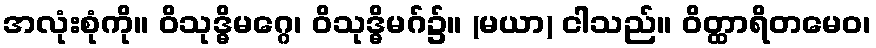
အလုံးစုံကို။ ဝိသုဒ္ဓိမဂ္ဂေ၊ ဝိသုဒ္ဓိမဂ်၌။ (မယာ) ငါသည်။ ဝိတ္ထာရိတမေဝ၊